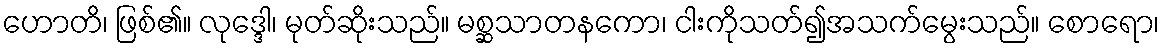
ဟောတိ၊ ဖြစ်၏။ လုဒ္ဒေါ၊ မုတ်ဆိုးသည်။ မစ္ဆသာတနကော၊ ငါးကိုသတ်၍အသက်မွေးသည်။ စောရော၊